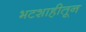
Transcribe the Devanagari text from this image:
भटशाहीतून